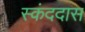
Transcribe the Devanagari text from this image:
स्कंददास